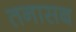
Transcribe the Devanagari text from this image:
तनासब